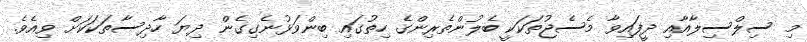
މި ސިލްސިލާއާއި ދީފައިވާ މެސެޖުތަކަކީ ބެލުންތެރިންގެ ހިތުގައި ބިންވަޅުނެގިގެން ދިޔަ ހާދިސާތަކަކަށް ވިއެވެ.